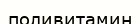
поливитамин